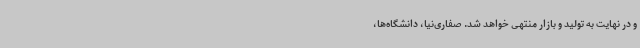
و در نهایت به تولید و بازار منتهی خواهد شد. صفاری‌نیا، دانشگاه‌ها،